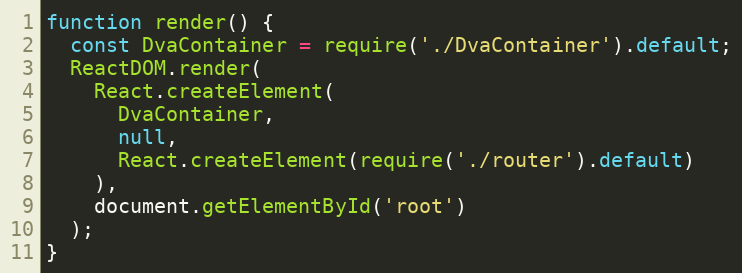
Language: JavaScript
function render() {
  const DvaContainer = require('./DvaContainer').default;
  ReactDOM.render(
    React.createElement(
      DvaContainer,
      null,
      React.createElement(require('./router').default)
    ),
    document.getElementById('root')
  );
}